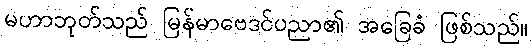
မဟာဘုတ်သည် မြန်မာဗေဒင်ပညာ၏ အခြေခံ ဖြစ်သည်။